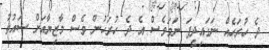
ދެ ހުރަހެއް ނަގައިދީފަ ނަމަވެސް އެ ދެ ހުރަހުން ވެސް މާޒިޔާއަށް ސައުތު